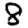
Digit: 8